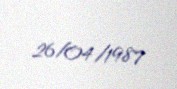
26/04/1987